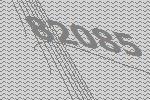
82085